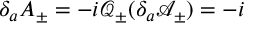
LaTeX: \delta _ { a } A _ { \pm } = - i \mathcal { Q } _ { \pm } ( \delta _ { a } \mathcal { A } _ { \pm } ) = - i